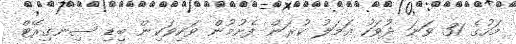
މަހުގެ 31 ވަނަ ދުވަހު ޢަމަލު ކުރަން ފެށުމުން ވަކިވަކިން ބިޑި ސިނގިރޭޓް